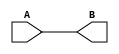
module first(A,B);

    input A;
    output B;

    assign B = A;
    
endmodule